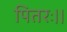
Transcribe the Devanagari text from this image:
पितरः।।